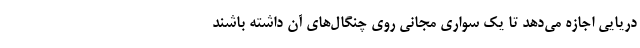
دریایی اجازه می‌دهد تا یک سواری مجانی روی چنگال‌های آن داشته باشند